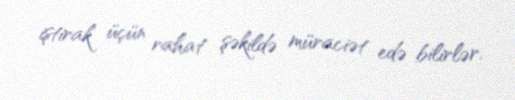
iştirak üçün rahat şəkildə müraciət edə bilirlər.